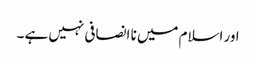
اور اسلام میں نا انصافی نہیں ہے ۔